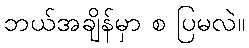
ဘယ်အချိန်မှာ စ ပြမလဲ။